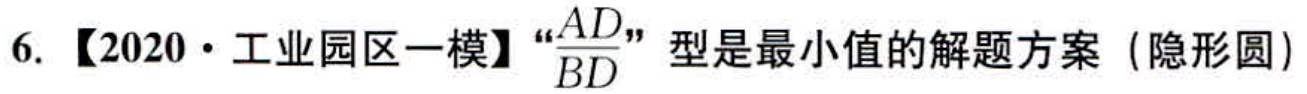
6. 【2020·工业园区一模】“$\frac{AD}{BD}$”型是最小值的解题方案（隐形圆）